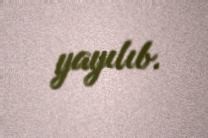
yayılıb.